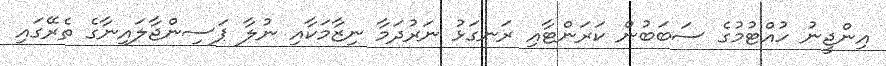
އިންޖީނު ހުއްޓުމުގެ ސަބަބުން ކަރަންޓާއި ރަނގަޅު ނަރުދަމާ ނިޒާމަކާއި ނުލާ ޕަސިންޖާލައިނާގެ ތެރޭގައި